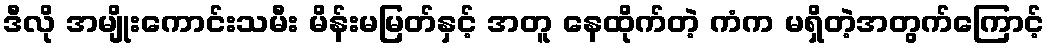
ဒီလို အမျိုးကောင်းသမီး မိန်းမမြတ်နှင့် အတူ နေထိုက်တဲ့ ကံက မရှိတဲ့အတွက်ကြောင့်